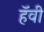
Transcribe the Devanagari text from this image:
हॅवी